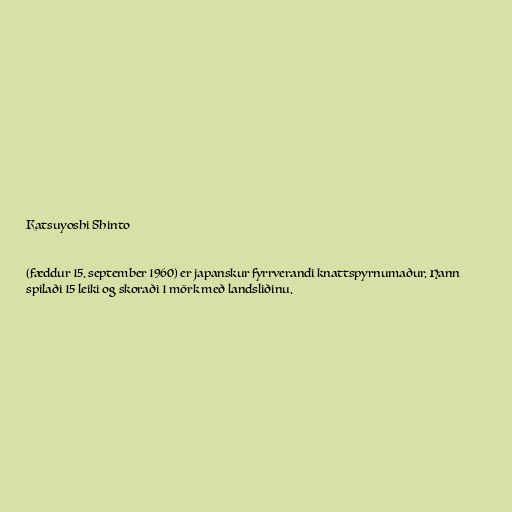
Katsuyoshi Shinto

(fæddur 15. september 1960) er japanskur fyrrverandi knattspyrnumaður. Hann
spilaði 15 leiki og skoraði 1 mörk með landsliðinu.